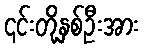
၎င်းတို့နှစ်ဦးအား